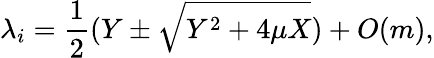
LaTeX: \lambda_{i}=\frac{1}{2}(Y\pm\sqrt{Y^{2}+4\mu X})+O(m),